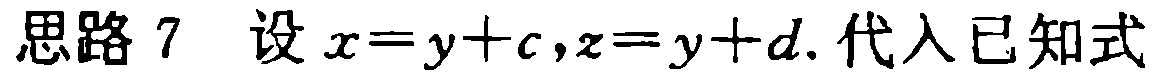
思路 7 设 \(x = y + c,z = y + d\). 代入已知式